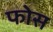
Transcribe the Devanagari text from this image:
फोस